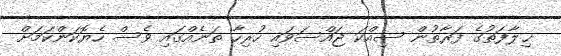
ޚިލާފަތުގެ ފަރާތުން ސިއްކަ ޖައްސަވައި ހުރިހާ ތަނެއްގައި ވެސް ހެޔޮކަންކަމަށް